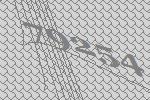
79254